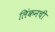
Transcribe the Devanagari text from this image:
लिंकनची